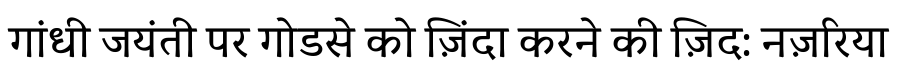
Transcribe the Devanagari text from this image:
गांधी जयंती पर गोडसे को ज़िंदा करने की ज़िद: नज़रिया